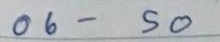
06 - 50